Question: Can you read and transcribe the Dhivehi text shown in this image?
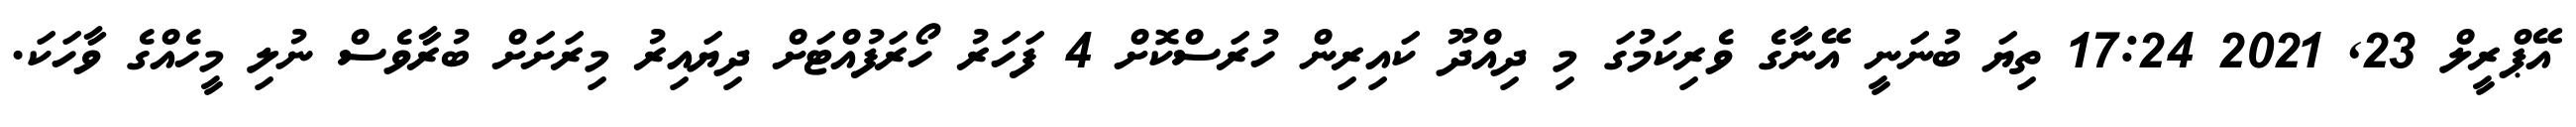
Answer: އޭޕްރީލް 23, 2021 17:24 ތިޔަ ބުނަނީ އޭނާގެ ވެރިކަމުގަ މި ދިއްދޫ ކައިރިން ހުރަސްކޮށް 4 ފަހަރު ހޯރަފުއްޓަށް ދިޔައިރު މިރަށަށް ބުރާވެސް ނުލި މީހެއްގެ ވާހަކަ.